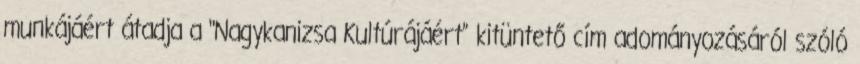
munkájáért átadja a "Nagykanizsa Kultúrájáért” kitüntető cím adományozásáról szóló